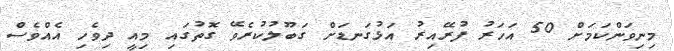
މިނިވަންކަމަށް 50 އަހަރު ފުރޭއިރު އަޅުގަނޑަށް ގަބޫލުކުރެވޭ ގޮތުގައި މިއީ ދިވެހި އެއްވެސް